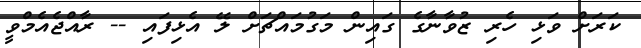
ކަރަށް ވަޅި ހެރި ޒުވާނާގެ ގައިން މަގުމައްޗަށް ލޭ އެޅިފައި -- ރާއްޖެއެމްވީ